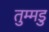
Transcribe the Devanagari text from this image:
तुम्मडु